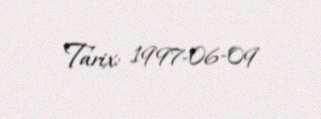
Tarix: 1997-06-09